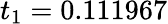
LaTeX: t_{1}=0.111967